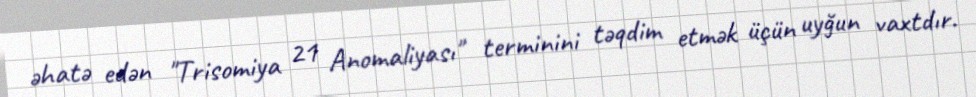
əhatə edən "Trisomiya 21 Anomaliyası" terminini təqdim etmək üçün uyğun vaxtdır.